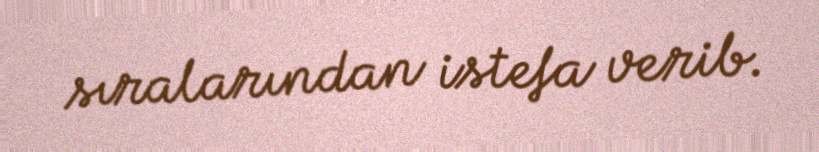
sıralarından istefa verib.